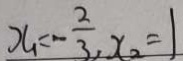
x _ { 1 } = - \frac { 2 } { 3 } , x _ { 2 } = 1